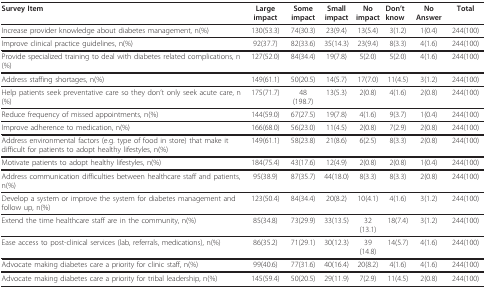
<table><thead><tr><td><b>Survey Item</b></td><td><b>Large impact</b></td><td><b>Some impact</b></td><td><b>Small impact</b></td><td><b>No impact</b></td><td><b>Don&#x27;t know</b></td><td><b>No Answer</b></td><td><b>Total</b></td></tr></thead><tbody><tr><td>Increase provider knowledge about diabetes management, n(%)</td><td>130(53.3)</td><td>74(30.3)</td><td>23(9.4)</td><td>13(5.4)</td><td>3(1.2)</td><td>1(0.4)</td><td>244(100)</td></tr><tr><td>Improve clinical practice guidelines, n(%)</td><td>92(37.7)</td><td>82(33.6)</td><td>35(14.3)</td><td>23(9.4)</td><td>8(3.3)</td><td>4(1.6)</td><td>244(100)</td></tr><tr><td>Provide specialized training to deal with diabetes related complications, n(%)</td><td>127(52.0)</td><td>84(34.4)</td><td>19(7.8)</td><td>5(2.0)</td><td>5(2.0)</td><td>4(1.6)</td><td>244(100)</td></tr><tr><td>Address staffing shortages, n(%)</td><td>149(61.1)</td><td>50(20.5)</td><td>14(5.7)</td><td>17(7.0)</td><td>11(4.5)</td><td>3(1.2)</td><td>244(100)</td></tr><tr><td>Help patients seek preventative care so they don&#x27;t only seek acute care, n(%)</td><td>175(71.7)</td><td>48(198.7)</td><td>13(5.3)</td><td>2(0.8)</td><td>4(1.6)</td><td>2(0.8)</td><td>244(100)</td></tr><tr><td>Reduce frequency of missed appointments, n(%)</td><td>144(59.0)</td><td>67(27.5)</td><td>19(7.8)</td><td>4(1.6)</td><td>9(3.7)</td><td>1(0.4)</td><td>244(100)</td></tr><tr><td>Improve adherence to medication, n(%)</td><td>166(68.0)</td><td>56(23.0)</td><td>11(4.5)</td><td>2(0.8)</td><td>7(2.9)</td><td>2(0.8)</td><td>244(100)</td></tr><tr><td>Address environmental factors (e.g. type of food in store) that make it difficult for patients to adopt healthy lifestyles, n(%)</td><td>149(61.1)</td><td>58(23.8)</td><td>21(8.6)</td><td>6(2.5)</td><td>8(3.3)</td><td>2(0.8)</td><td>244(100)</td></tr><tr><td>Motivate patients to adopt healthy lifestyles, n(%)</td><td>184(75.4)</td><td>43(17.6)</td><td>12(4.9)</td><td>2(0.8)</td><td>2(0.8)</td><td>1(0.4)</td><td>244(100)</td></tr><tr><td>Address communication difficulties between healthcare staff and patients, n(%)</td><td>95(38.9)</td><td>87(35.7)</td><td>44(18.0)</td><td>8(3.3)</td><td>8(3.3)</td><td>2(0.8)</td><td>244(100)</td></tr><tr><td>Develop a system or improve the system for diabetes management and follow up, n(%)</td><td>123(50.4)</td><td>84(34.4)</td><td>20(8.2)</td><td>10(4.1)</td><td>4(1.6)</td><td>3(1.2)</td><td>244(100)</td></tr><tr><td>Extend the time healthcare staff are in the community, n(%)</td><td>85(34.8)</td><td>73(29.9)</td><td>33(13.5)</td><td>32(13.1)</td><td>18(7.4)</td><td>3(1.2)</td><td>244(100)</td></tr><tr><td>Ease access to post-clinical services (lab, referrals, medications), n(%)</td><td>86(35.2)</td><td>71(29.1)</td><td>30(12.3)</td><td>39(14.8)</td><td>14(5.7)</td><td>4(1.6)</td><td>244(100)</td></tr><tr><td>Advocate making diabetes care a priority for clinic staff, n(%)</td><td>99(40.6)</td><td>77(31.6)</td><td>40(16.4)</td><td>20(8.2)</td><td>4(1.6)</td><td>4(1.6)</td><td>244(100)</td></tr><tr><td>Advocate making diabetes care a priority for tribal leadership, n(%)</td><td>145(59.4)</td><td>50(20.5)</td><td>29(11.9)</td><td>7(2.9)</td><td>11(4.5)</td><td>2(0.8)</td><td>244(100)</td></tr></tbody></table>